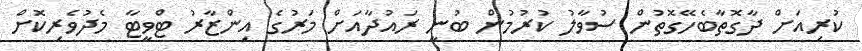
ކުރިއަށް ދާގޮތާބެހޭގޮތުން ސުވާލު ކުރުމުން ބުނީ ރައުދާއަށް މަރުގެ އިންޒާރު ޓްވީޓާ މެދުވެރިކޮށް